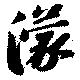
濛